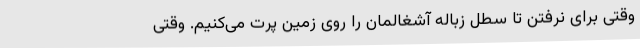
وقتی برای نرفتن تا سطل زباله آشغالمان را روی زمین پرت می‌کنیم. وقتی